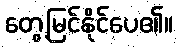
တွေ့မြင်နိုင်ပေ၏။